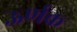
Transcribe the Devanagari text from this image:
ऊर्णक